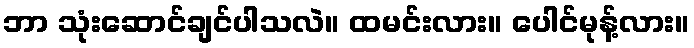
ဘာ သုံးဆောင်ချင်ပါသလဲ။ ထမင်းလား။ ပေါင်မုန့်လား။